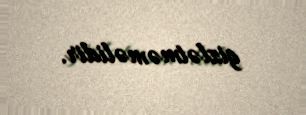
gizlətməməlidir.